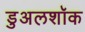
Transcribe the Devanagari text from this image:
डुअलशॉक